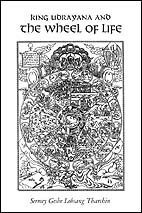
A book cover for King Udrayana and the Wheel of Life: The History and Meaning of the Buddhist Teaching of Dependent Origination; Lobsang Tharchin; Religion & Spirituality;